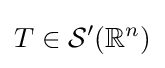
T\in {\mathcal {S}}^{\prime }(\mathbb {R} ^{n})